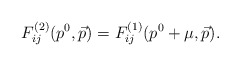
\begin{align*}F^{(2)}_{i j} (p^0, \vec{p}) = F^{(1)}_{i j} (p^0 + \mu, \vec{p}) .\end{align*}